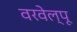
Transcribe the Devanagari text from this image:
वरवेल्पू